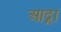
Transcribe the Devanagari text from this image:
आद्र्रा